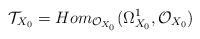
LaTeX: \begin{align*}\mathcal T_{X_0} = Hom_{\mathcal O_{X_0}}(\Omega^1_{X_0}, \mathcal O_{X_0})\end{align*}